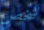
شخص